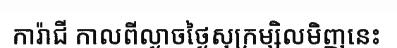
ការ៉ាជី កាលពីល្ងាចថ្ងៃសុក្រម្សិលមិញនេះ